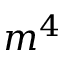
m ^ { 4 }